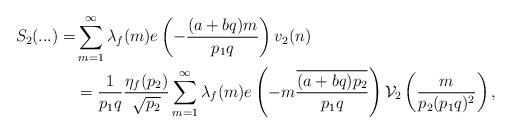
LaTeX: \begin{align*}S_2(...) = &\sum_{m=1}^\infty \lambda_f (m) e\left( -\frac{(a+bq)m}{p_1q}\right) v_2(n)\\&= \frac{1}{p_1q} \frac{\eta_f(p_2)}{\sqrt{p_2}} \sum_{m=1}^\infty \lambda_{f}( m) e\left(-m \frac{\overline{(a+bq) p_2}}{p_1q}\right) \mathcal{V}_2\left( \frac{m}{p_2 (p_1q)^2}\right), \\ \end{align*}